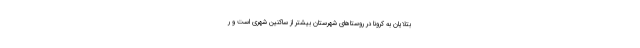
بتلایان به کرونا در روستاهای شهرستان بیشتر از ساکنین شهری است و ر